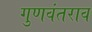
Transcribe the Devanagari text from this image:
गुणवंतराव